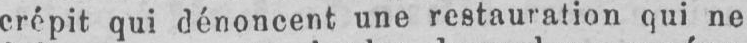
crépit qui dénoncent une restauration qui ne